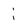
Character: i